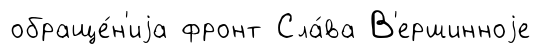
обраще́н'иjа фронт Сла́ва В'ершинноjе